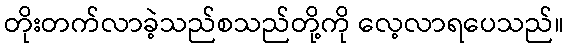
တိုးတက်လာခဲ့သည်စသည်တို့ကို လေ့လာရပေသည်။